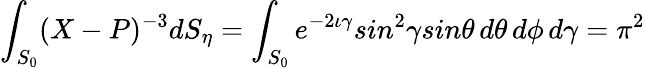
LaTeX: \int_{S_{0}}(X-P)^{-3}dS_{\eta}=\int_{S_{0}}e^{-2\iota\gamma}sin^{2}\gamma sin\theta\, d\theta\, d\phi\, d\gamma=\pi^{2}